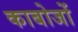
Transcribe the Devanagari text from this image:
काबोजों